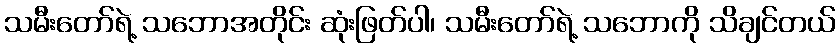
သမီးတော်ရဲ့ သဘောအတိုင်း ဆုံးဖြတ်ပါ၊ သမီးတော်ရဲ့ သဘောကို သိချင်တယ်